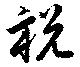
祝